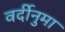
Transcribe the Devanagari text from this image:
वर्दीनुमा